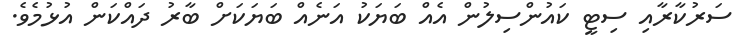
ސަރުކާރާއި ސިޓީ ކައުންސިލުން އެއް ބަޔަކު އަނެއް ބަޔަކަށް ބާރު ދައްކަން އުޅުމެވެ.